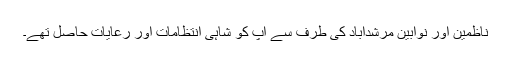
ناظمین اور نوابین مرشدآباد کی طرف سے آپ کو شاہی انتظامات اور رعایات حاصل تھے۔